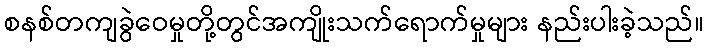
စနစ်တကျခွဲဝေမှုတို့တွင်အကျိုးသက်ရောက်မှုများ နည်းပါးခဲ့သည်။